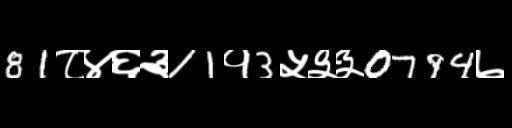
Text: 81८४६३11१3५३३0794७